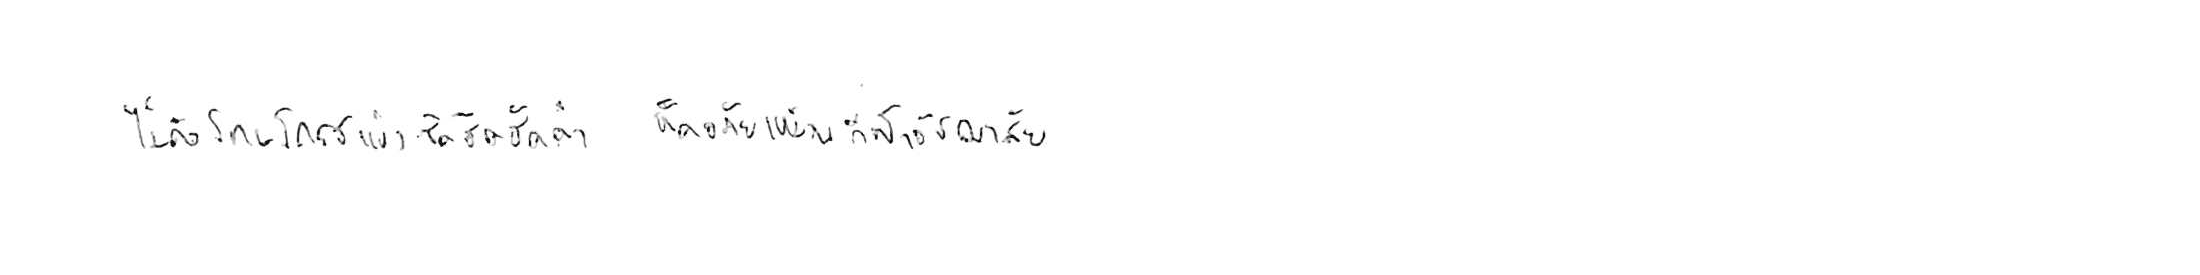
ไม่ถือโทษโกรธแช่งซัดฮึดฮัดด่า หัดอภัยเหมือนกีฬาอัชฌาสัย